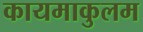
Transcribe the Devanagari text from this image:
कायमाकुलम